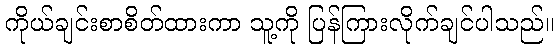
ကိုယ်ချင်းစာစိတ်ထားကာ သူ့ကို ပြန်ကြားလိုက်ချင်ပါသည်။